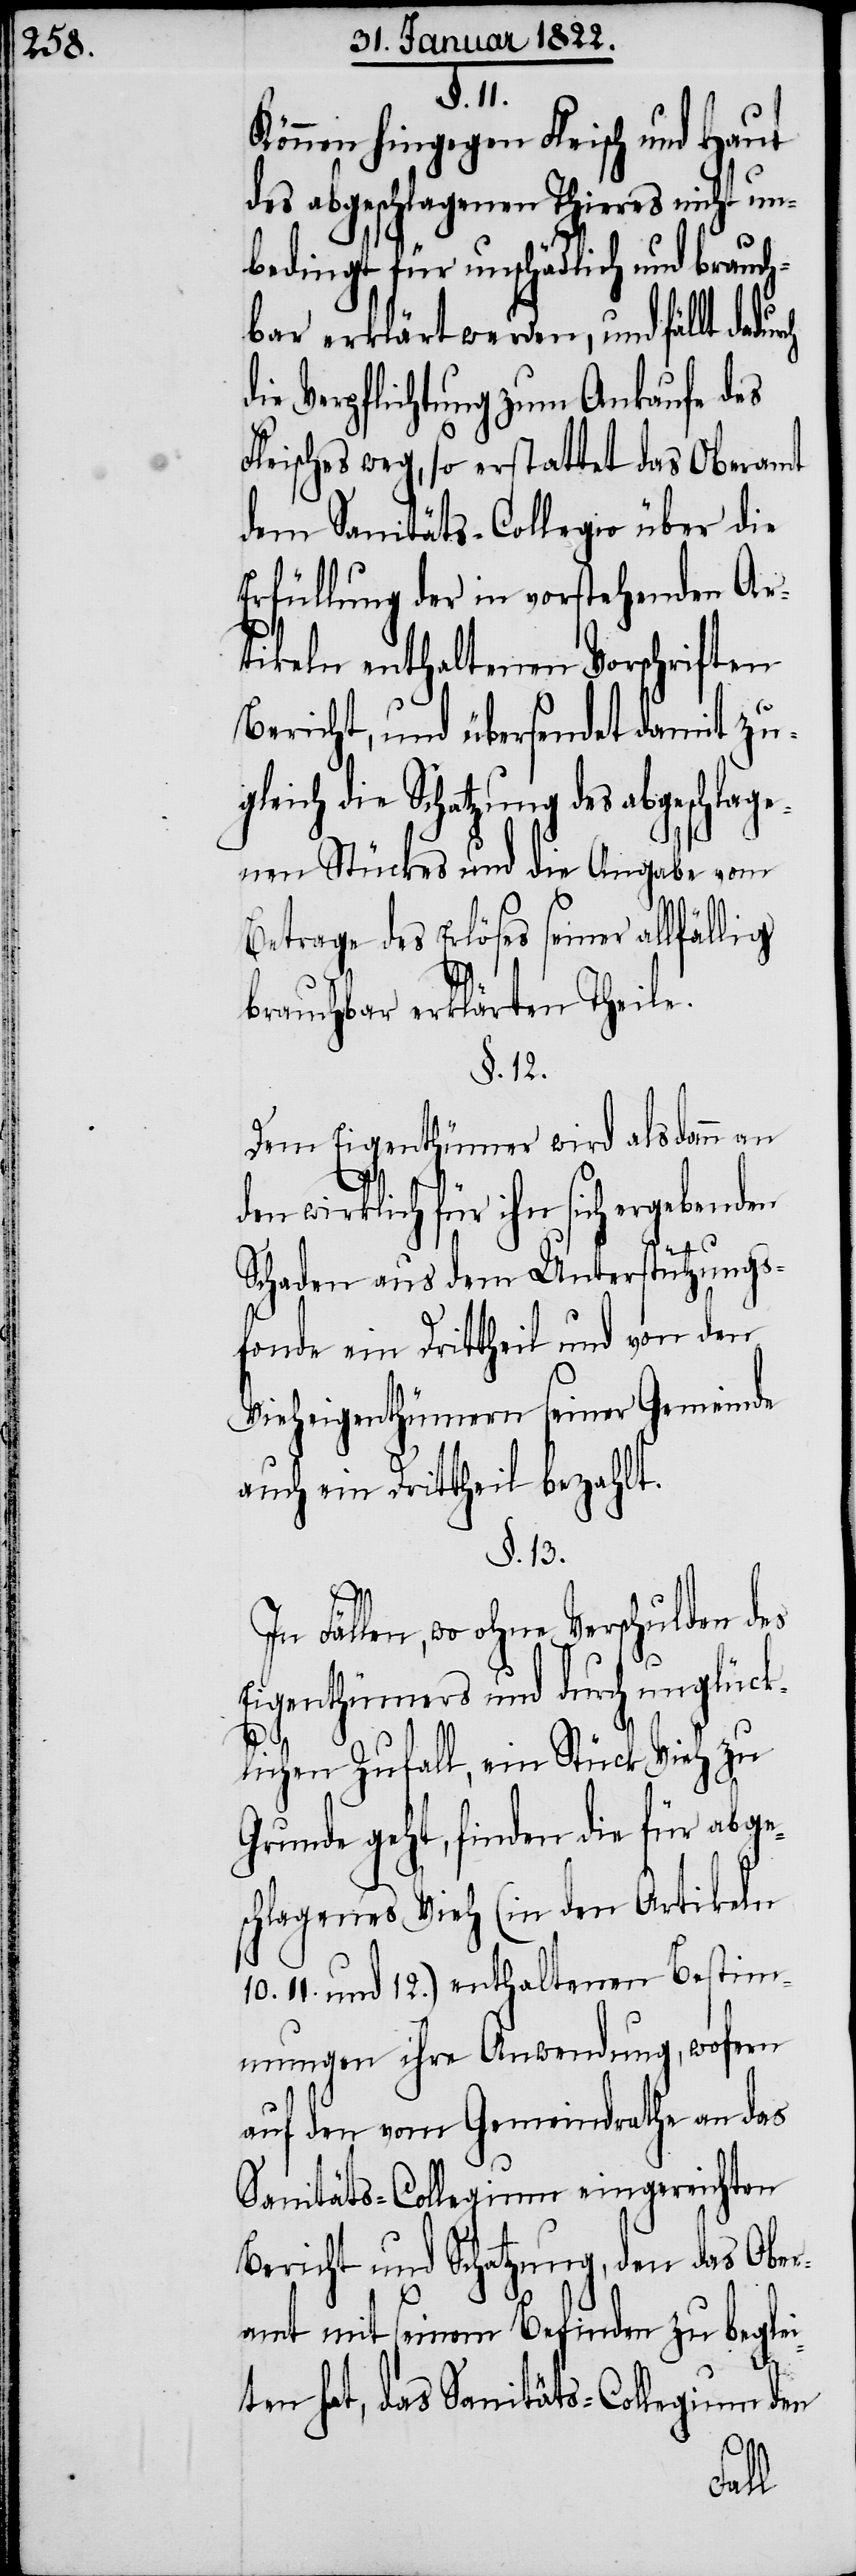
§. 11.
Können hingegen Fleisch und Haut
des abgeschlagenen Thieres nicht un¬
bedingt für unschädlich und brauch¬
bar erklärt werden, und fällt dadu¬
die Verpflichtung zum Ankaufe des
Fleisches weg, so erstattet das Oberamt
dem Sanitäts-Collegio über die
Erfüllung der in vorstehenden Ar¬
tikeln enthaltenen Vorschriften
Bericht, und übersendet damit zu¬
gleich die Schatzung des abgeschlage¬
nen Stückes und die Angabe vom
Betrage des Erlöses seiner allfällig
brauchbar erklärten Theile.
§. 12.
Dem Eigenthümer wird alsdann an
den wirklich für ihn sich ergebenen
Schaden aus dem Unterstützungs¬
fonde ein Drittheil und von den
Vieheigenthümern seiner Gemeinde
ein Drittheil bezahlt.
§. 13.
Fällen, wo ohne Verschulden des
Eigenthümers und durch unglück¬
lichen Zufall, ein Stück Vieh zu
Grunde geht, finden die für abge¬
schlagenes Vieh (in den Artikeln
11. und 12.) enthaltenden Bestim¬
mungen ihre Anwendung, wofern
auf den vom Gemeindrathe an das
Sanitäts-Collegium eingereichten
Bericht und Schatzung, den das Ober¬
amt mit seinem Befinden zu begle¬
iten hat, das Sanitäts-Collegium den
rch